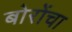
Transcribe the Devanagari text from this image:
बोरोंचा